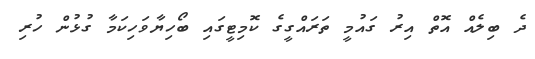
ދެ ބިލެއް އޮތް އިރު ގައުމީ ތަރައްގީގެ ކޮމިޓީގައި ބޯހިޔާވަހިކަމާ ގުޅުން ހުރި